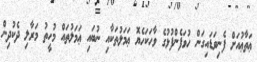
ޢަތާޢުއަށް ފެނިވަޑައިގަން ހުވަފެންފުޅުގެ ވާހަކަހެޔޮ ޢަމަލުތަކާއި ނުބައި ޢަމަލުތައް މުހީތު މަރާލި ދެކުދިން